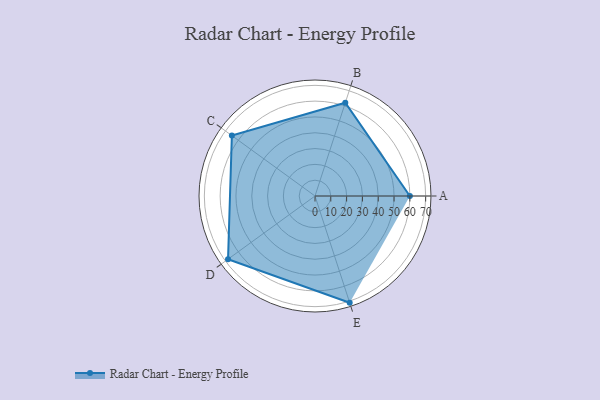
{"axis": {"x": "Skill", "y": "Score"}, "legend": ["Profile"], "data": [{"x": "A", "y": 60.0, "type": "Profile"}, {"x": "B", "y": 62.0, "type": "Profile"}, {"x": "C", "y": 65.0, "type": "Profile"}, {"x": "D", "y": 68.0, "type": "Profile"}, {"x": "E", "y": 71.0, "type": "Profile"}]}